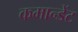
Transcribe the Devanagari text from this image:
कमान्डेंट